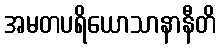
အမတပရိယောသာနာနီတိ